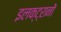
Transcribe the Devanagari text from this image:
इलक्ट्रानों